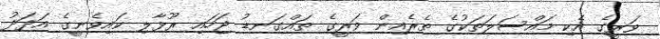
ވަރީގެ އެކި މައްސަލަތަކުގެ ތެރެއިން ވަރީގެ ތައްގަނޑު ޖަހައި ރޫޅާލި ކައިވެނީގެ އަދަދު